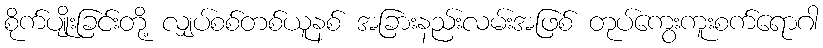
စိုက်ပျိုးခြင်းတို့ လျှပ်စစ်တစ်ယူနစ် အခြားနည်းလမ်းအဖြစ် တုပ်ကွေးကူးစက်ရောဂါ